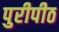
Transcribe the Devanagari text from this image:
पुरीपीठ